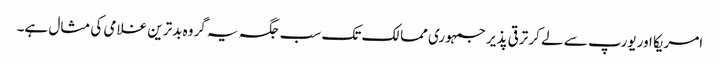
امریکا اور یورپ سے لے کر ترقی پذیر جمہوری ممالک تک سب جگہ یہ گروہ بدترین غلامی کی مثال ہے۔